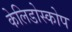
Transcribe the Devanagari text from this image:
केलिडोस्कोप